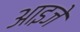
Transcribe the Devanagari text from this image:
आइजे